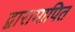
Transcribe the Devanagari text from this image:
द्वारामापित